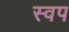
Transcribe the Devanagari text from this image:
स्वप